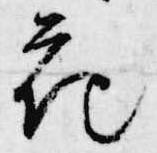
花